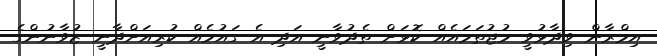
އިމްރާން ވިދާޅުވީ މުޖުތަމައެއް ކޮޅަށް ތެދުވާނީ އަދި އެ ގައުމެއް ކުރިއަށްދާނީ ޒުވާނުންގެ